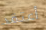
أعتقد